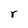
Character: r